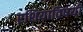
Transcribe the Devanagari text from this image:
रशियाविषयी